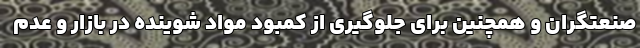
صنعتگران و همچنین برای جلوگیری از کمبود مواد شوینده در بازار و عدم